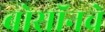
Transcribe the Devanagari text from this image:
बोसॉनचे